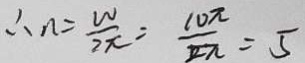
\therefore n = \frac { W } { 2 \pi } = \frac { 1 0 \pi } { 2 \pi } = 5